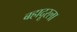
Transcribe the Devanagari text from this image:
बहादूरला